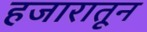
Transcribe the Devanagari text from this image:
हजारातून